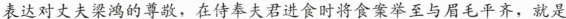
表达对丈夫梁鸿的尊敬，在侍奉夫君进食时将食案举至与眉毛平齐，就是